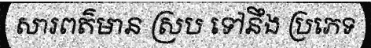
សារពត៌មាន ស្រប ទៅនឹង ប្រភេទ